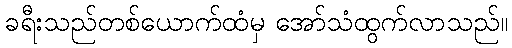
ခရီးသည်တစ်ယောက်ထံမှ အော်သံထွက်လာသည်။